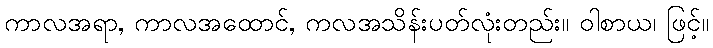
ကာလအရာ, ကာလအထောင်, ကလအသိန်းပတ်လုံးတည်း။ ဝါစာယ၊ ဖြင့်။